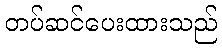
တပ်ဆင်ပေးထားသည်